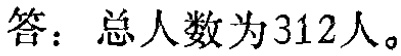
答：总人数为312人。